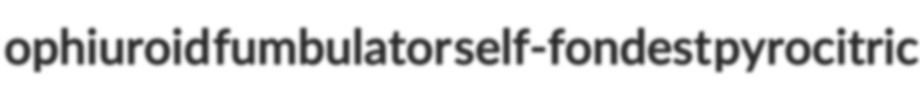
ophiuroid fumbulator self-fondest pyrocitric